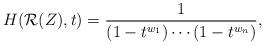
LaTeX: \begin{align*} H(\mathcal{R}(Z),t) = \frac{1}{(1-t^{w_1})\cdots(1-t^{w_n})},\end{align*}